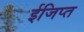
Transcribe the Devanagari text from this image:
ईजिप्‍त